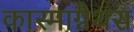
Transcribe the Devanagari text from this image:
कास्माग्नैथस